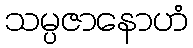
သမ္ပဇာနောဟံ